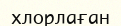
хлорлаған